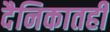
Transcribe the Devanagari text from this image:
दैनिकातही